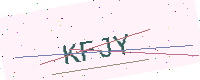
Text: KFJY